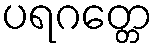
ပရဂတ္တေ